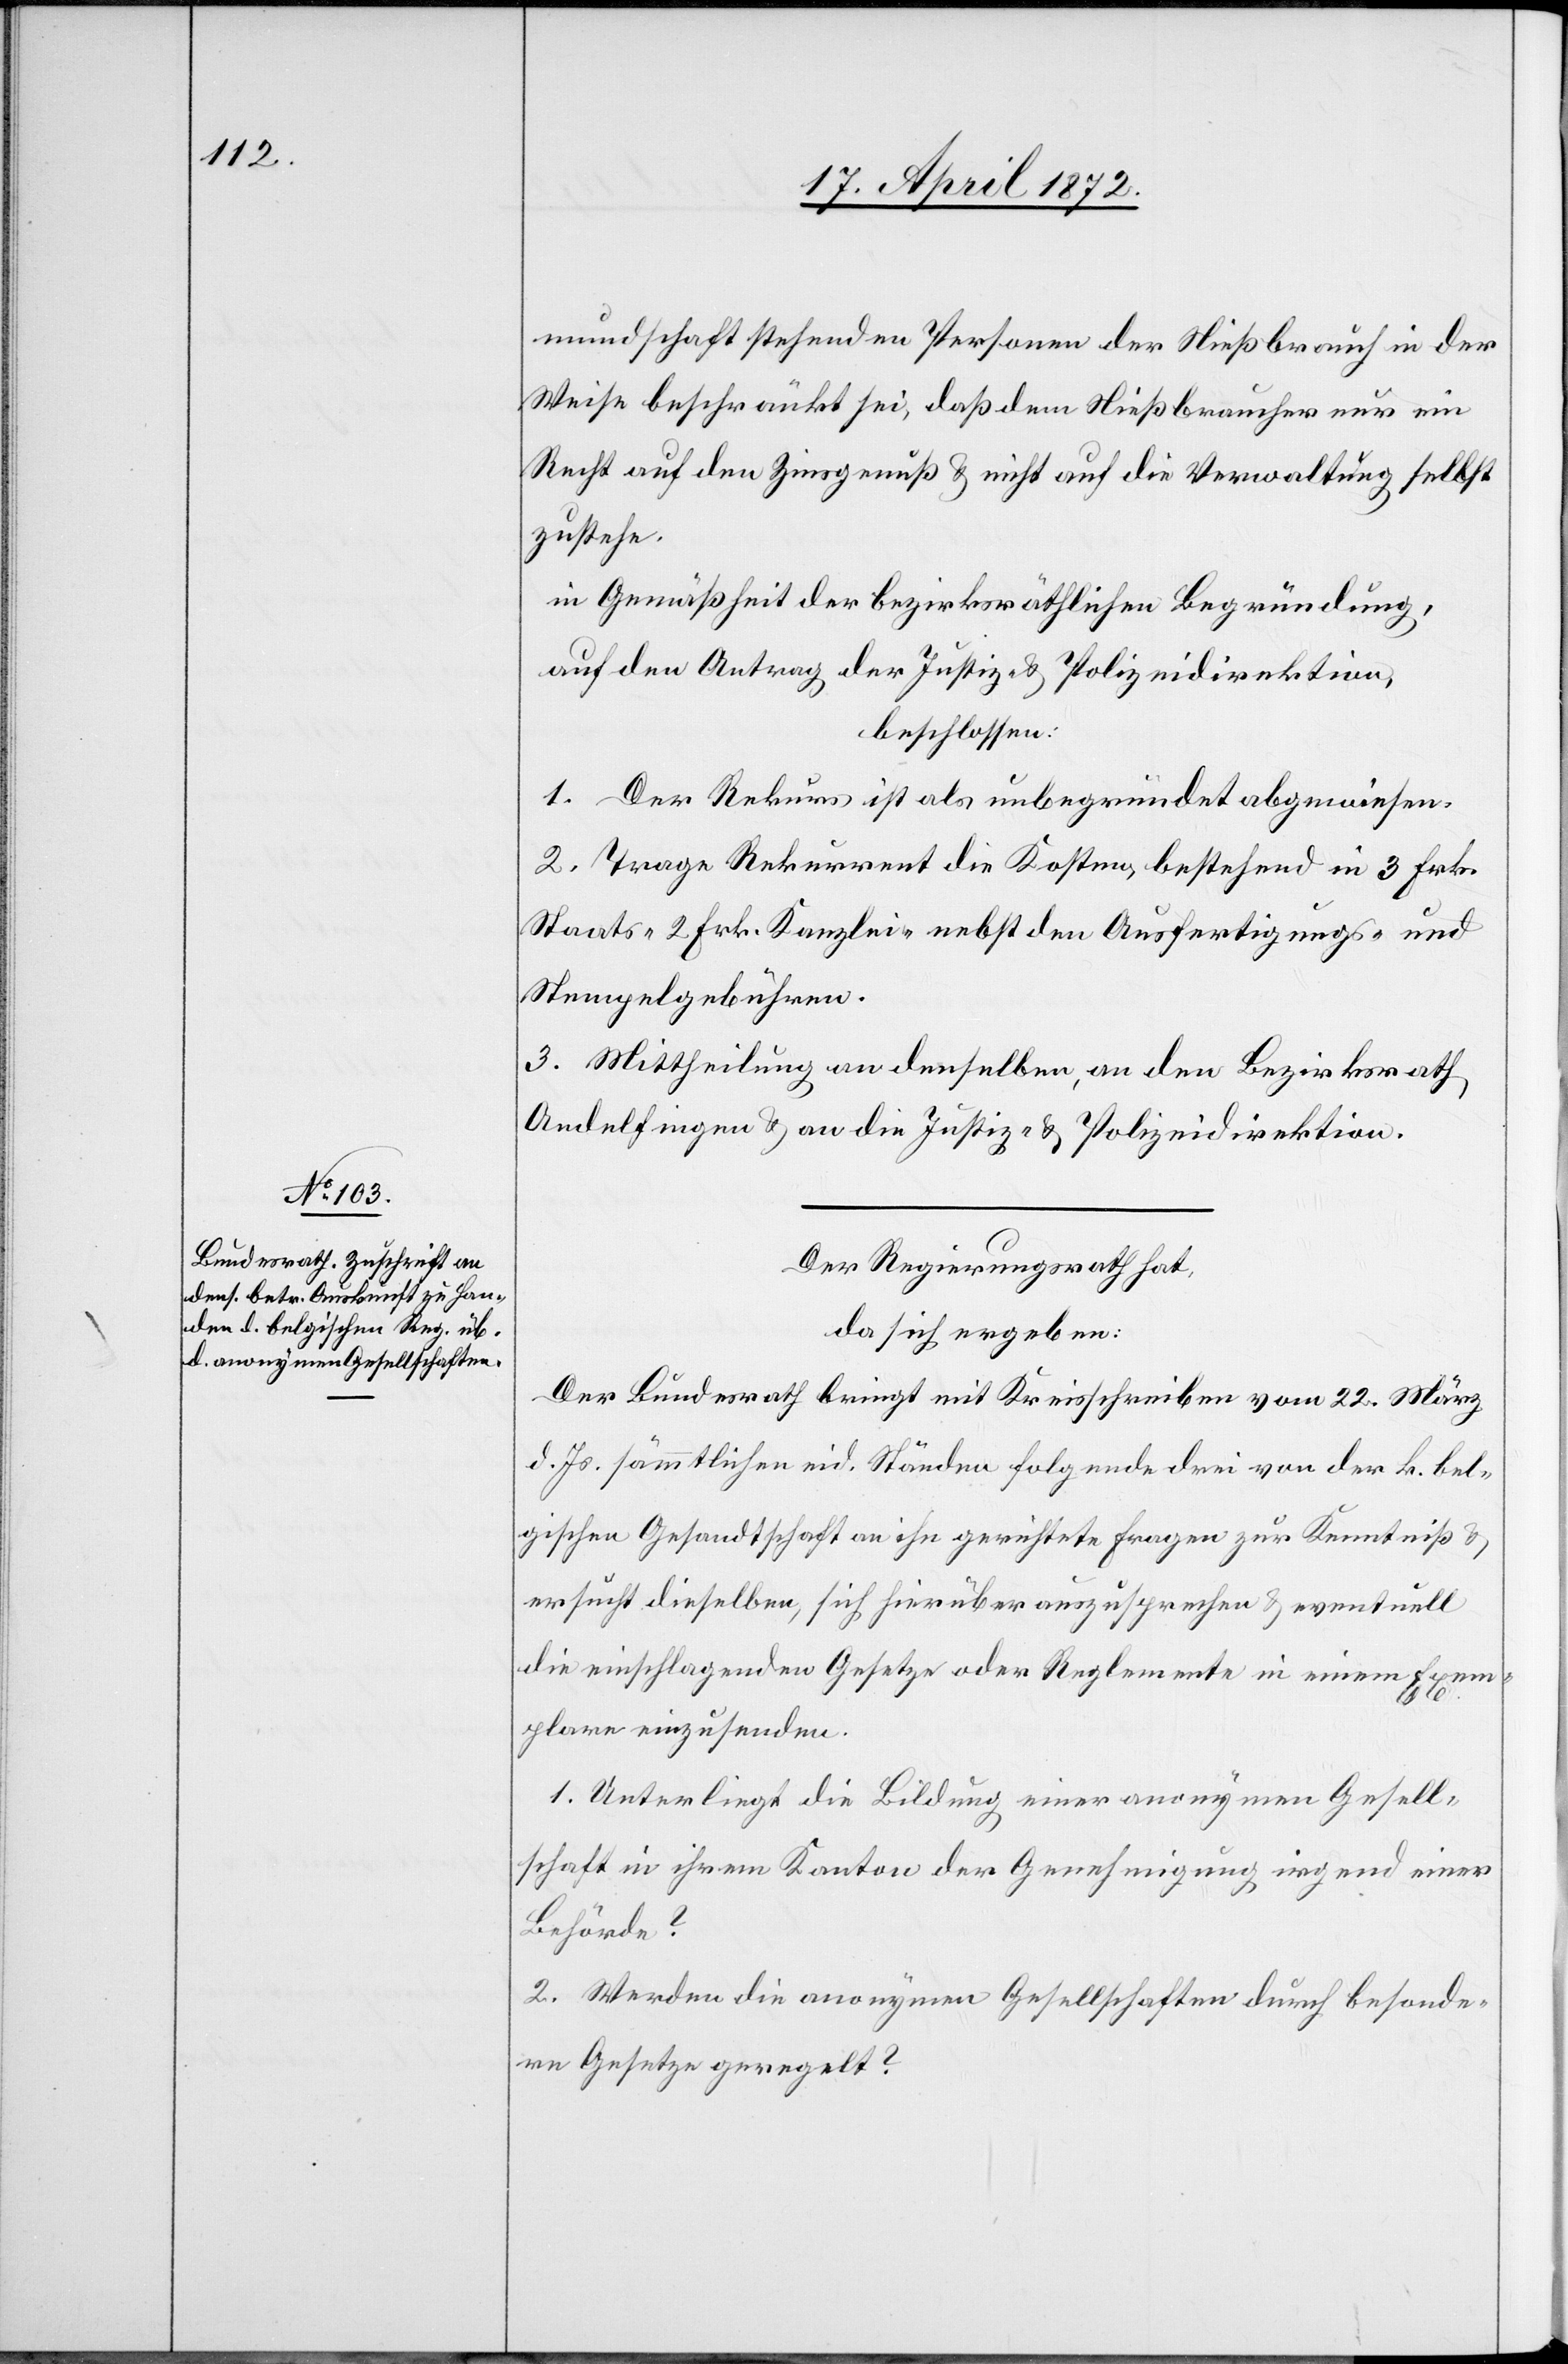
mundschaft stehenden Personen der Nießbrauch in der
Weise beschränkt sei, daß dem Nießbraucher nur ein
Recht auf den Zinsgenuß u. nicht auf die Verwaltung selbst
zustehe.
in Gemäßheit der bezirksräthlichen Begründung,
auf den Antrag der Justiz- u. Polizeidirektion,
beschlossen:
1. Der Rekurs ist als unbegründet abgewiesen.
2. Trage Rekurrent die Kosten, bestehend in 3 Frk.
Staats-[,] 2 Frk. Kanzlei- nebst den Ausfertigungs- und
Stempelgebühren.
3. Mittheilung an denselben, an den Bezirksrath
Andelfingen u. an die Justiz- u. Polizeidirektion.
Der Regierungsrath hat,
da sich ergeben:
Der Bundesrath bringt mit Kreisschreiben vom 22. März
d. Js. sämmtlichen eid. Händen folgende drei von der k. bel¬
gischen Gesandtschaft an ihn gerichtete Fragen zur Kenntniß u.
ersucht dieselben, sich hierüber auszusprechen u. eventuell
die einschlagenden Gesetze oder Reglemente in einem Exem¬
plare einzusenden.
1. Unterliegt die Bildung einer anonymen Gesell¬
schaft in ihrem Kanton der Genehmigung irgendeiner
Behörde?
2. Werden die anonymen Gesellschaften durch besonde¬
re Gesetze geregelt?